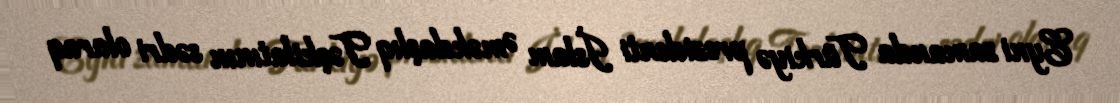
Eyni zamanda Türkiyə prezidenti İslam Əməkdaşlıq Təşkilatının sədri olaraq